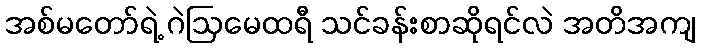
အစ်မတော်ရဲ့ ဂဲဩမေထရီ သင်ခန်းစာဆိုရင်လဲ အတိအကျ